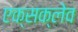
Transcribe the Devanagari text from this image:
एक्सक्लेव